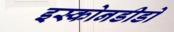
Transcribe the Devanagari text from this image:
इस्कोनडीडो